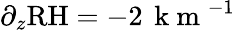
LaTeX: \partial_{z}\mathrm{RH}=-2\, \mathrm{~k~m~}^{-1}